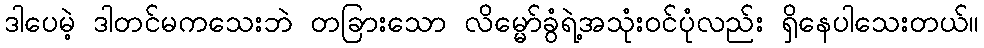
ဒါပေမဲ့ ဒါတင်မကသေးဘဲ တခြားသော လိမ္မော်ခွံရဲ့အသုံးဝင်ပုံလည်း ရှိနေပါသေးတယ်။